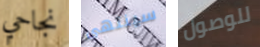
نجاحي سينتهى للوصول